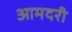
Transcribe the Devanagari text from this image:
आमदरी